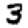
Digit: 3